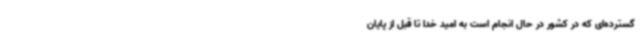
گسترده‌ای که در کشور در حال انجام است به امید خدا تا قبل از پایان